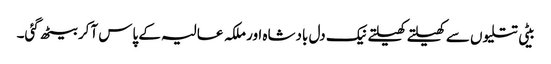
بیٹی تتلیوں سے کھیلتے کھیلتے نیک دل بادشاہ اور ملکہ عالیہ کے پاس آکر بیٹھ گئی۔